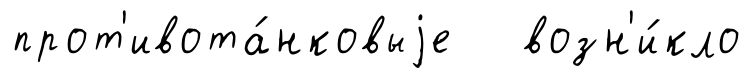
прот'ивота́нковыjе возн'и́кло